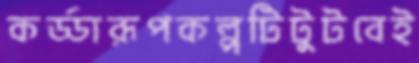
কর্ড্ডারূপকল্পটিটুটবেই